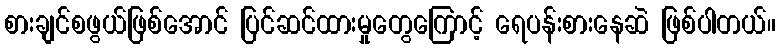
စားချင်စဖွယ်ဖြစ်အောင် ပြင်ဆင်ထားမှုတွေကြောင့် ရေပန်းစားနေဆဲ ဖြစ်ပါတယ်။